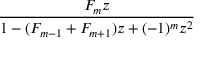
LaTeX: \frac { F _ { m } z } { 1 - ( F _ { m - 1 } + F _ { m + 1 } ) z + ( - 1 ) ^ { m } z ^ { 2 } }